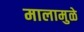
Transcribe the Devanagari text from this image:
मालामुळे